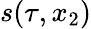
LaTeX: s(\tau,x_{2})